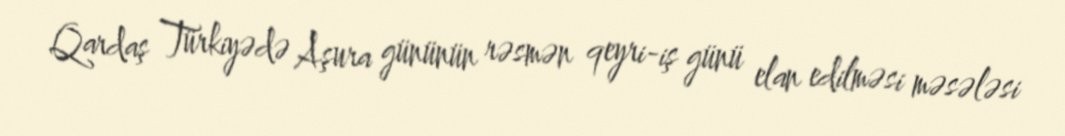
Qardaş Türkiyədə Aşura gününün rəsmən qeyri-iş günü elan edilməsi məsələsi